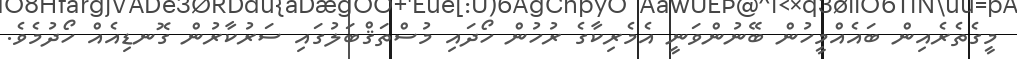
މީގެތެރެއިން ބައެއްމީހުން ބޭނުންވަނީ އެމެރިކާގެ ރުހުން ހޯދައި މުސްތަޤްބަލުގައި ސަރުކާރުން ގޮނޑިއެއް ހޯދުމެވެ.